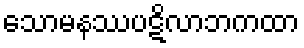
သောမနဿပဋိလာဘကထာ